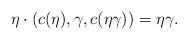
LaTeX: \begin{align*} \eta\cdot (c(\eta),\gamma,c(\eta\gamma)) =\eta\gamma. \end{align*}